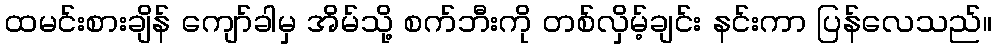
ထမင်းစားချိန် ကျော်ခါမှ အိမ်သို့ စက်ဘီးကို တစ်လှိမ့်ချင်း နင်းကာ ပြန်လေသည်။